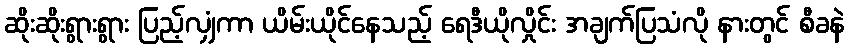
ဆိုးဆိုးရွားရွား ပြည့်လျှံကာ ယိမ်းယိုင်နေသည့် ရေဒီယိုလှိုင်း အချက်ပြသံလို နားတွင် စီခနဲ